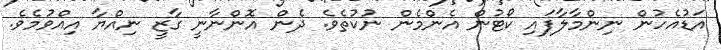
އަޑުއެހުން ނިންމާލާފައި ކޯޓުން އެންމެން ނުކުތެވެ. ދެން އޮންނާނީ ގާޒީ ނިއްޔާ އިއްވުމެވެ.